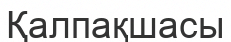
Қалпақшасы